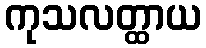
ကုသလတ္ထာယ